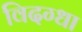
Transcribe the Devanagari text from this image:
विदग्धा